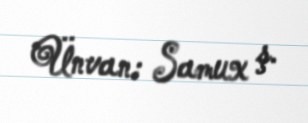
Ünvan: Samux ş.